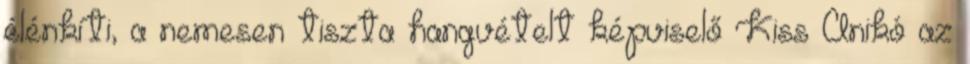
élénkíti, a nemesen tiszta hangvételt képviselő Kiss Anikó az